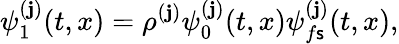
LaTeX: \psi_{1}^{(\mathbf{j})}(t,x)=\rho^{(\mathbf{j})}\psi_{0}^{(\mathbf{j})}(t,x)\psi_{f\mathsf{s}}^{(\mathbf{j})}(t,x),